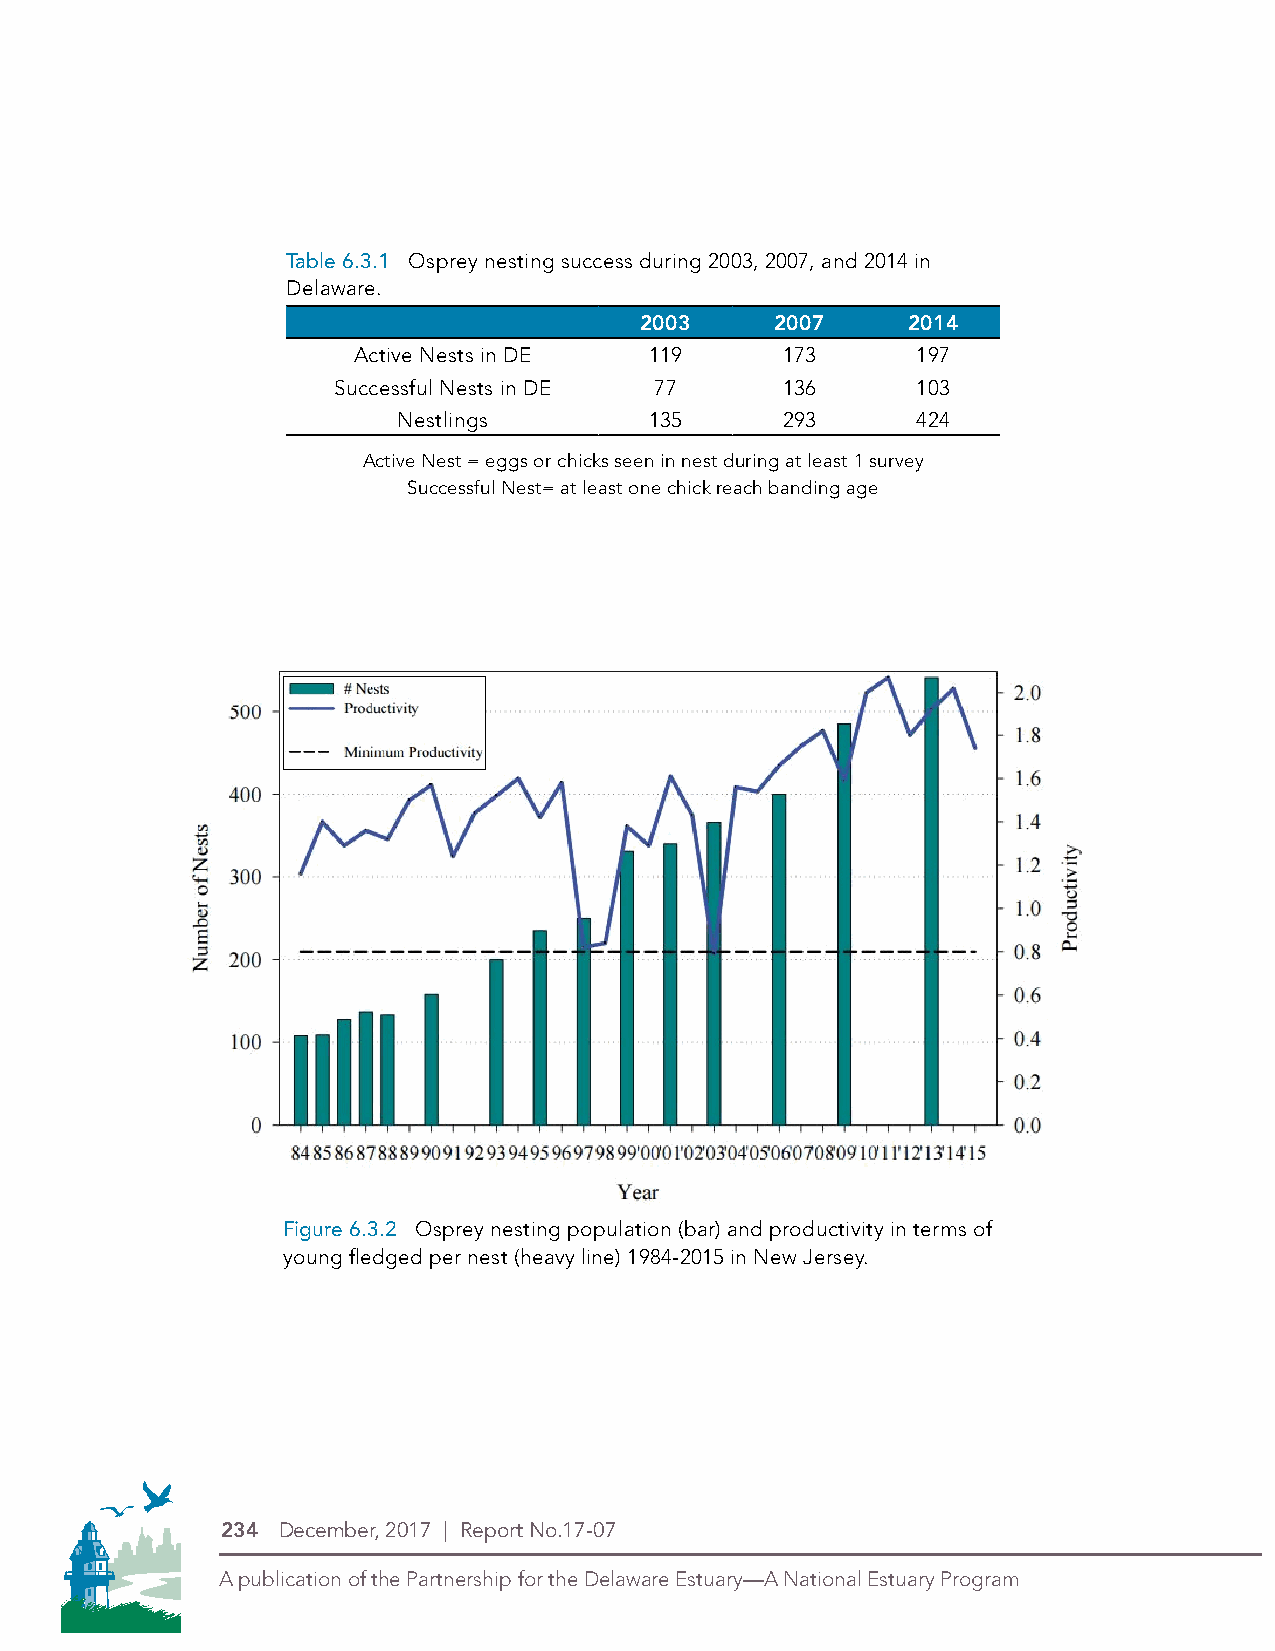
Table 6.3.1 Osprey nesting success during 2003, 2007, and 2014 in
 Delaware.
 2003     2007     2014
 Active Nests in DE  119      173      197
 Successful Nests in DE 77     136      103
 Nestlings        135      293      424
 Active Nest = eggs or chicks seen in nest during at least 1 survey
 Successful Nest= at least one chick reach banding age
 Figure 6.3.2 Osprey nesting population (bar) and productivity in terms of
 young fledged per nest (heavy line) 1984-2015 in New Jersey.
 PDE Logos in 4-Color Process (CMYK)
 THIS IS THE NEW LOGO
 234 December, 2017 | Report No.17-07
 A publication of the Partnership for the Delaware Estuary—A National Estuary Program
 Symbol Alone
 Logo with stacked type
 Type Alone